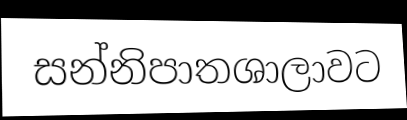
සන්නිපාතශාලාවට